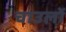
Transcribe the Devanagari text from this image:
चाउलों